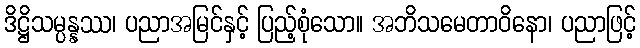
ဒိဋ္ဌိသမ္ပန္နဿ၊ ပညာအမြင်နှင့် ပြည့်စုံသော။ အဘိသမေတာဝိနော၊ ပညာဖြင့်